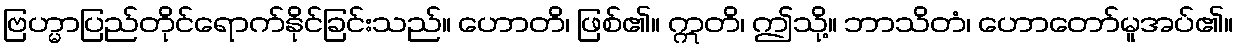
ဗြဟ္မာပြည်တိုင်ရောက်နိုင်ခြင်းသည်။ ဟောတိ၊ ဖြစ်၏။ ဣတိ၊ ဤသို့။ ဘာသိတံ၊ ဟောတော်မူအပ်၏။